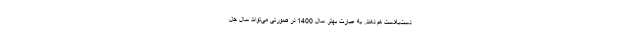
دست‌به‌دست هم دهند. به عبارت بهتر سال 1400 در صورتی می‌تواند سال حل